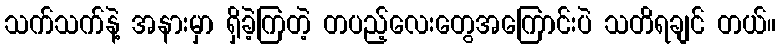
သက်သက်နဲ့ အနားမှာ ရှိခဲ့ကြတဲ့ တပည့်လေးတွေအကြောင်းပဲ သတိရချင် တယ်။